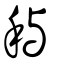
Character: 穥